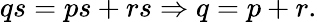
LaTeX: qs=ps+rs\Rightarrow q=p+r.